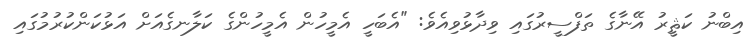
އިބްނު ކަޘީރު އޭނާގެ ތަފްސީރުގައި ވިދާޅުވިއެވެ: "އެބަހީ އެމީހުން އެމީހުންގެ ކަލާނގެއަށް އަޅުކަންކުރުމުގައި